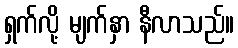
ရှက်လို့ မျက်နှာ နီလာသည်။